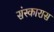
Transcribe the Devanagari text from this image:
संस्कारास